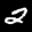
Label: 2